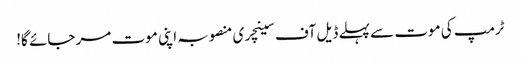
ٹرمپ کی موت سے پہلے ڈیل آف سینچری منصوبہ اپنی موت مر جائے گا!